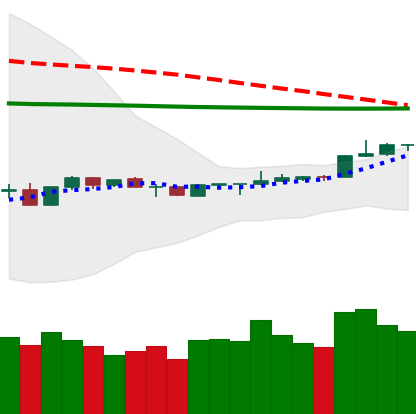
Ticker: LTC-USD
Chart end date: 2020-04-09
Forward return: -11.493%
Label: down_7plus